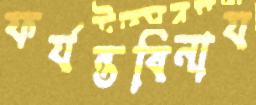
ফর্যন্তবিনায